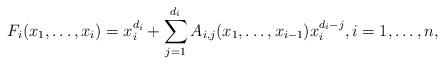
LaTeX: \begin{align*}F_{i} (x_1, \ldots, x_i )= x_i^{d_i}+ \sum_{j=1}^{d_i} A_{i,j} (x_1, \ldots, x_{i-1}) x_i^{d_i-j}, i=1, \ldots,n, \end{align*}